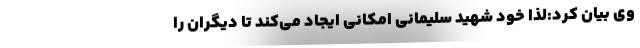
وی بیان کرد:لذا خود شهید سلیمانی امکانی ایجاد می‌کند تا دیگران را